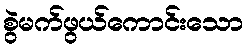
စွဲမက်ဖွယ်ကောင်းသော